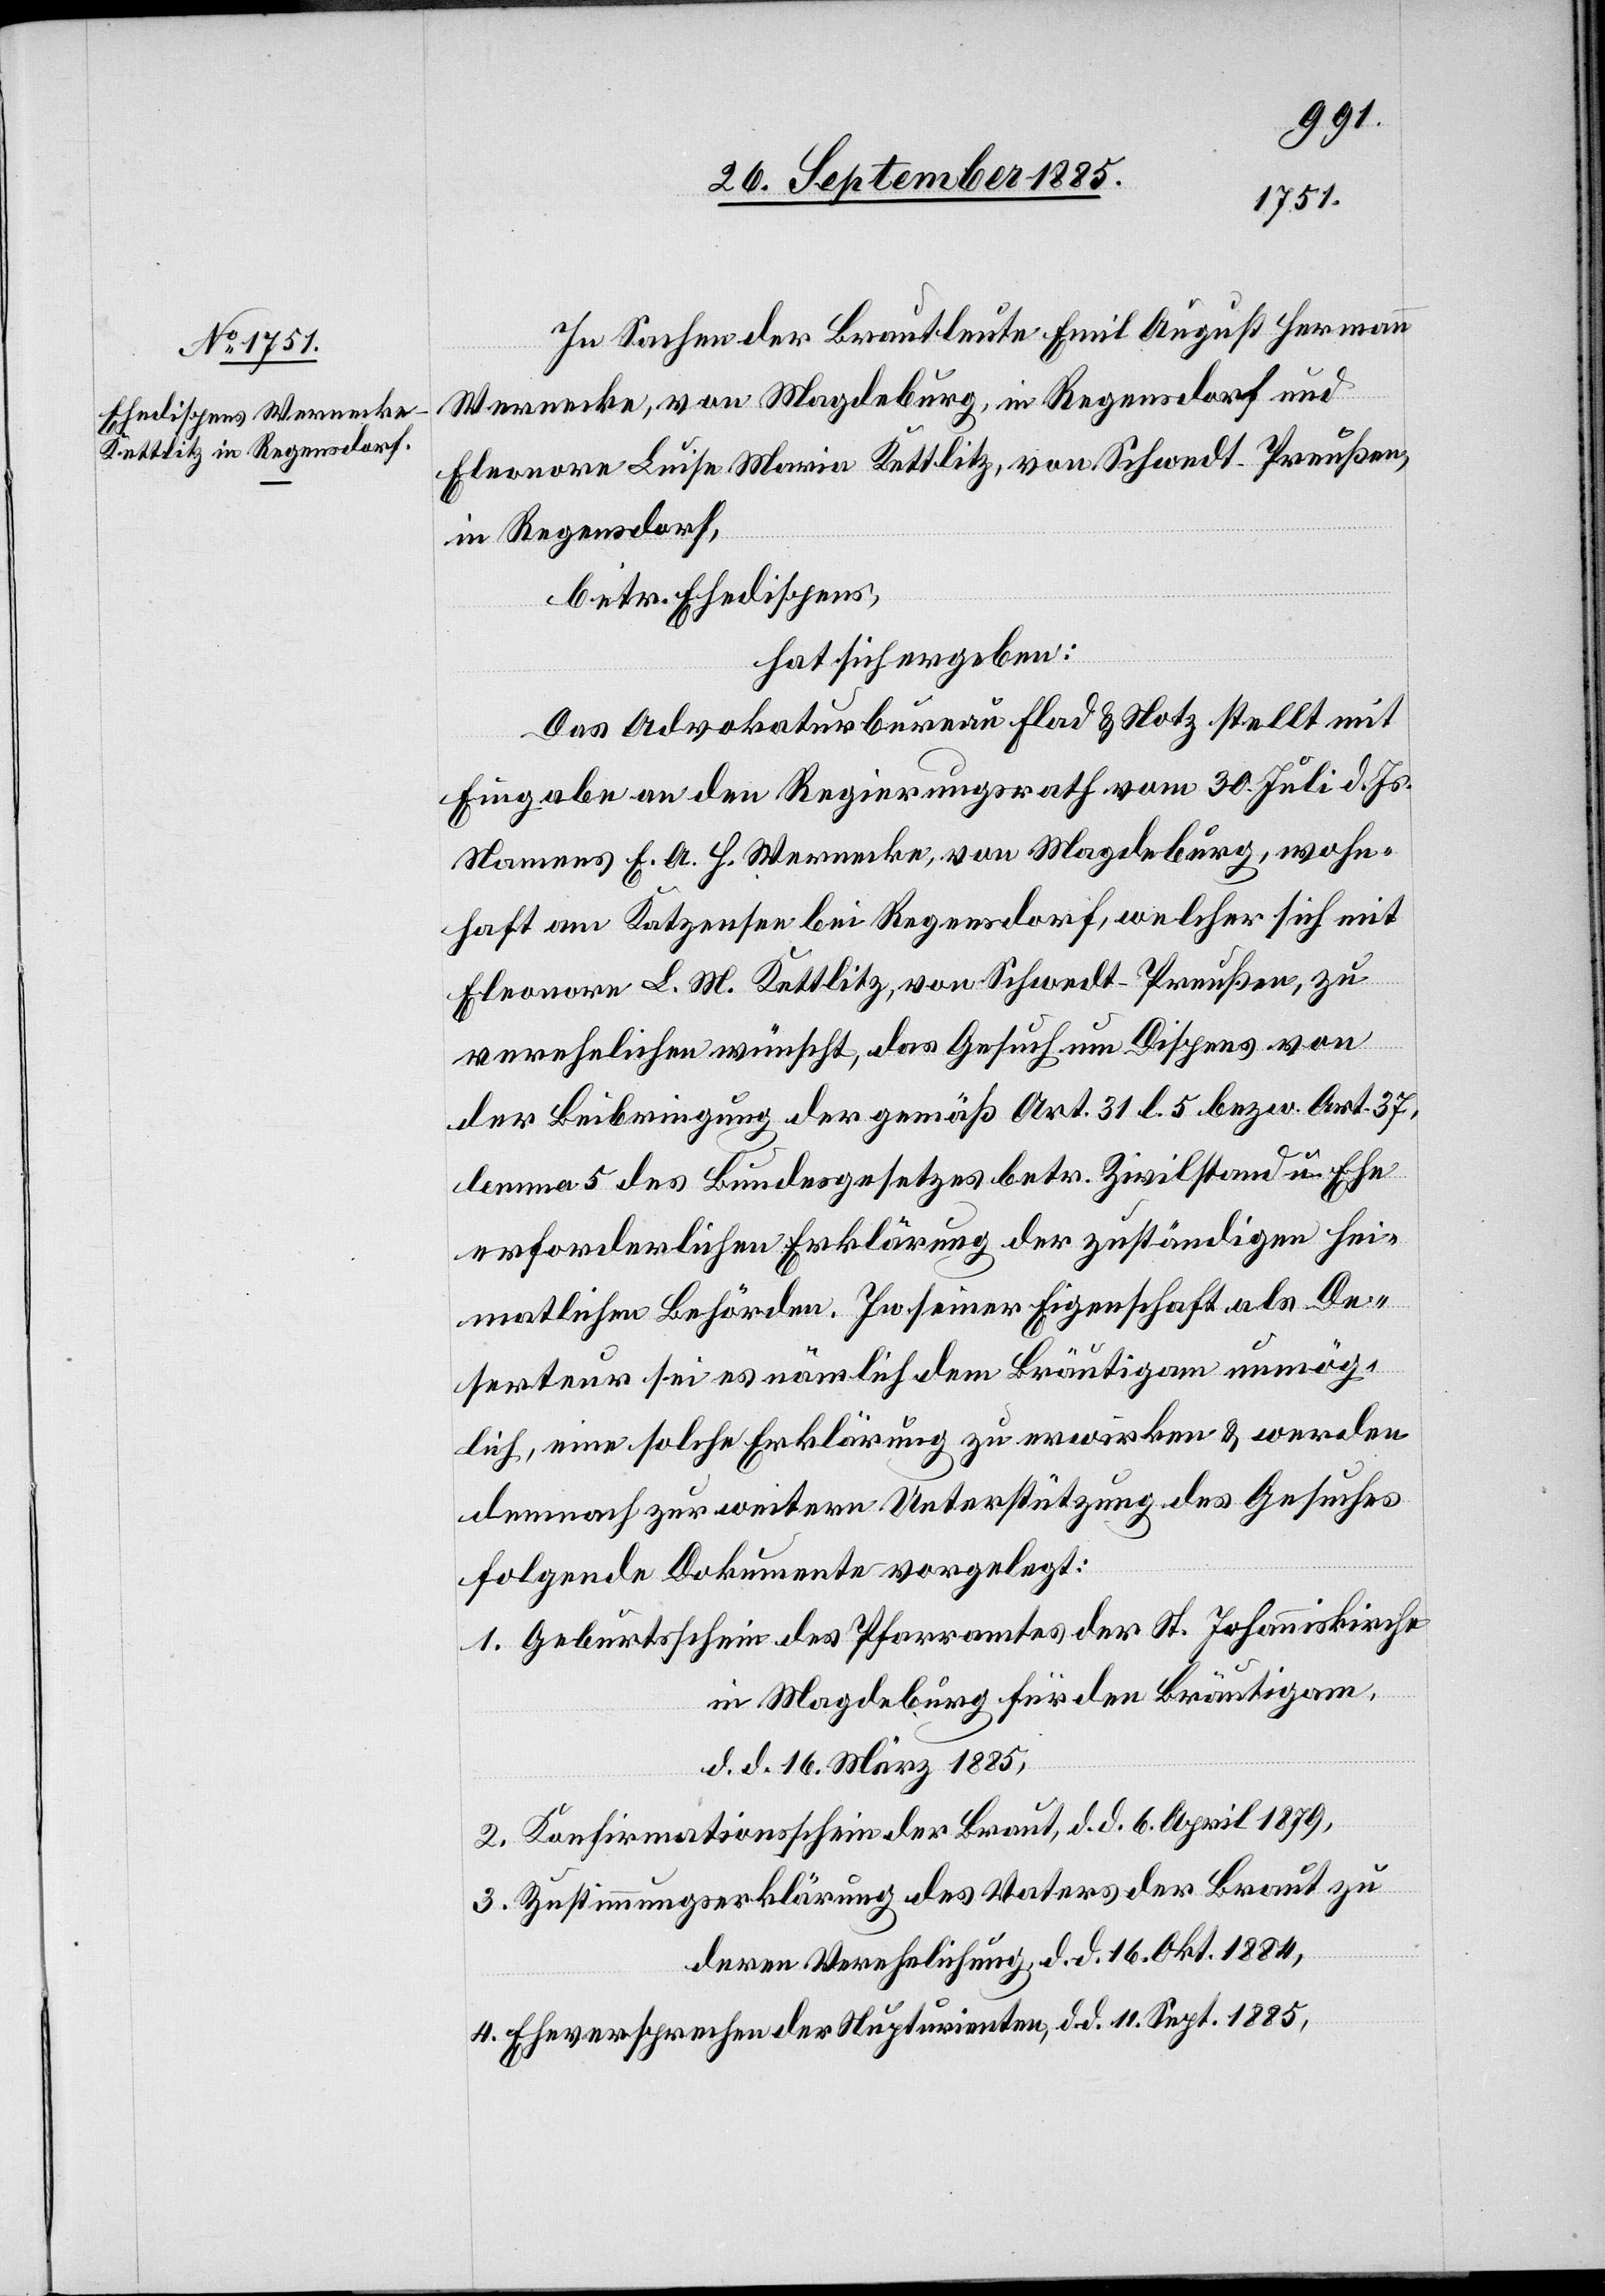
In Sachen der Brautleute Emil August Hermann
Wernecke, von Magdeburg, in Regensdorf und
Eleonora Luise Maria Kettlitz, von Schwedt - Preußen,
in Regensdorf,
betr. Ehedispens,
hat sich ergeben:
Das Advokaturbureau Flad & Notz stellt mit
Eingabe an den Regierungsrath vom 30. Juli d. Js.
Namens E. A. H. Wernecke, von Magdeburg, wohn¬
haft am Katzensee bei Regensdorf, welcher sich mit
Eleonora L. M. Kettlitz, von Schwedt - Preußen, zu
verehelichen wünscht, das Gesuch um Dispens von
der Beibringung der gemäß Art. 31 l. 5 bezw. Art. 37,
lemma 5 des Bundesgesetzes betr. Zivilstand u. Ehe
erforderlichen Erklärung der zuständigen hei¬
matlichen Behörden. In seiner Eigenschaft als De¬
serteur sei es nämlich dem Bräutigam unmög¬
lich, eine solche Erklärung zu erwirken & werden
demnach zur weitern Unterstützung des Gesuches
folgende Dokumente vorgelegt:
1. Geburtsschein des Pfarramtes der St. Johanniskirche
in Magdeburg für den Bräutigam,
d. d. 16. März 1885,
2. Konfirmationsschein der Braut, d. d. 6. April 1879,
3. Zustimmungserklärung des Vaters der Braut zu
deren Verehelichung d. d. 16. Okt. 1884,
4. Eheversprechen der Nupturienten, d. d. 11 Sept. 1885,